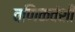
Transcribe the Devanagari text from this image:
वणिकवंशी